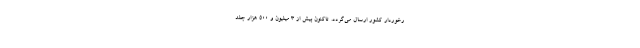
رخوردار کشور ارسال می‌گردد. تاکنون بیش از ۳ میلیون و ۵۰۰ هزار جلد